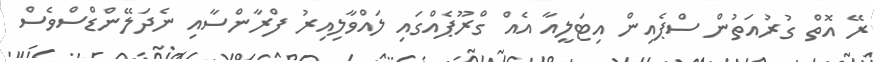
ރޭ އޮތް ގުރުއަތުން ސްޕެއިން އިޓަލީއާ އެއް ގްރޫޕެއްގައި ލައްވާލިއިރު ފްރާންސާއި ނެދަލޭންޑްސްވެސް